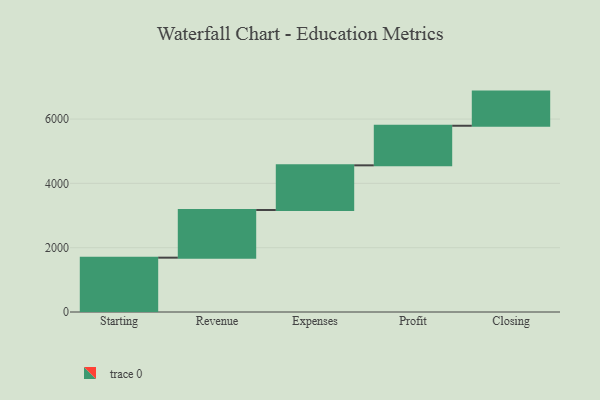
{"axis": {"x": "Step", "y": "Value"}, "legend": [""], "data": [{"x": "Starting", "y": 1690.0, "type": ""}, {"x": "Revenue", "y": 1482.0, "type": ""}, {"x": "Expenses", "y": 1389.0, "type": ""}, {"x": "Profit", "y": 1231.0, "type": ""}, {"x": "Closing", "y": 1062.0, "type": ""}]}